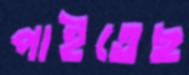
পাইতেছ